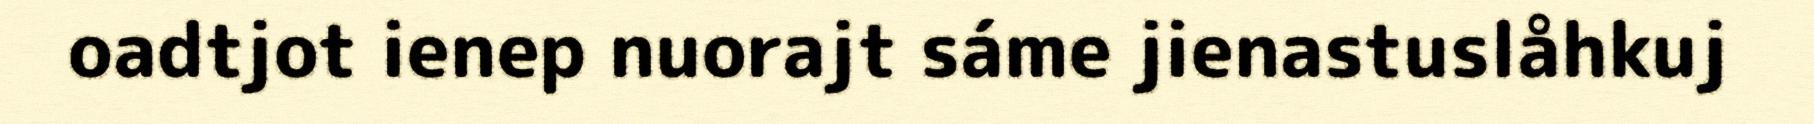
oadtjot ienep nuorajt sáme jienastuslåhkuj